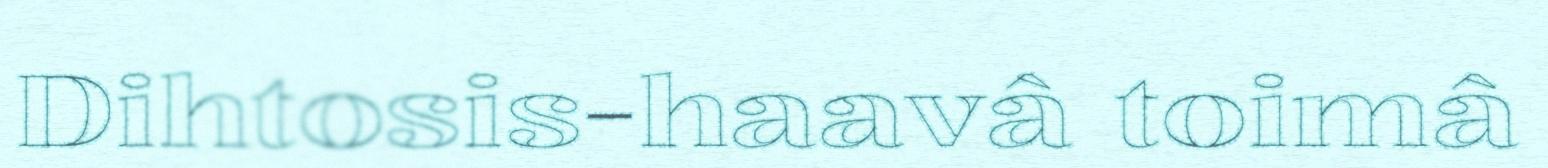
Dihtosis-haavâ toimâ